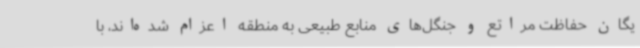
یگان حفاظت مراتع و جنگل‌های منابع طبیعی به منطقه اعزام شده‌اند، با